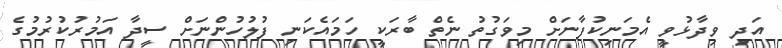
އަދި ވިދާޅުވީ އެމަނިކުފާނަށް މިވަގުތު ނެތް ބާރަކީ ހަމައެކަނި ފުލުހުންނަށް ސީދާ އަމުރުކުރުމުގެ